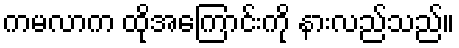
ကမလာက ထိုအကြောင်းကို နားလည်သည်။